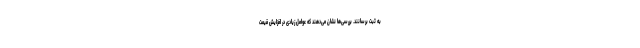
به ثبت برسانند. بررسی‌ها نشان می‌دهند که عوامل زیادی در افزایش قیمت